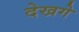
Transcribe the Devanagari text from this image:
देखगे